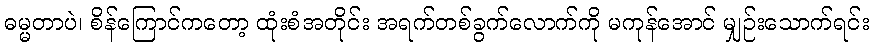
ဓမ္မတာပဲ၊ စိန်ကြောင်ကတော့ ထုံးစံအတိုင်း အရက်တစ်ခွက်လောက်ကို မကုန်အောင် မျှဉ်းသောက်ရင်း